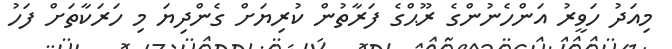
މިއަދު ހަވީރު އަންހެނުންގެ ރޫޙްގެ ފަރާތުން ކުރިޔަށް ގެންދިޔަ މި ހަރަކާތަށް ފަހު